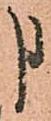
申